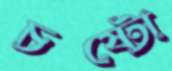
চষ্টো